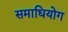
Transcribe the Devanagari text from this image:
समाधियोग